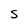
Character: S